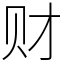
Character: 财